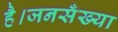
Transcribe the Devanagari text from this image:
है।जनसँख्या